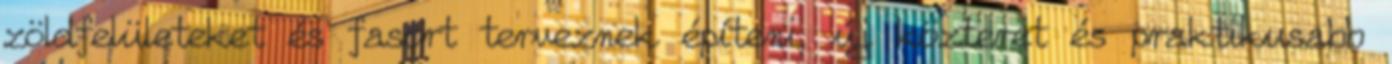
zöldfelületeket és fasort terveznek építeni, új közteret és praktikusabb